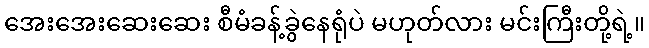
အေးအေးဆေးဆေး စီမံခန့်ခွဲနေရုံပဲ မဟုတ်လား မင်းကြီးတို့ရဲ့။